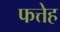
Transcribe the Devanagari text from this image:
फत्तेह